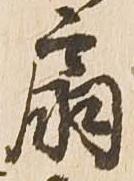
扇